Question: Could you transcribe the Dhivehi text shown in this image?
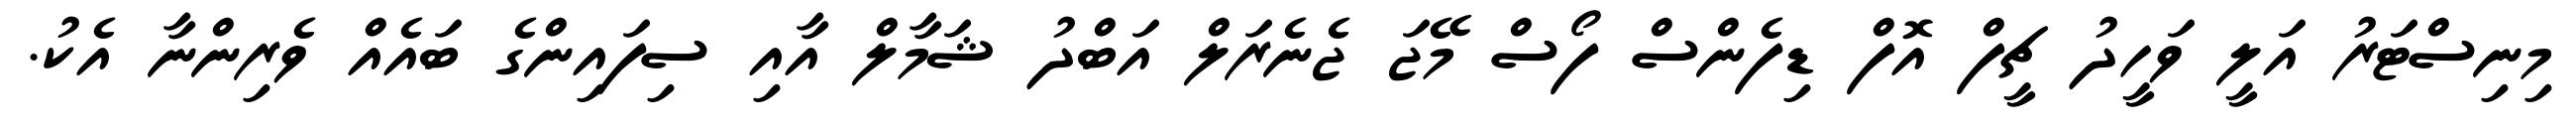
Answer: މިނިސްޓަރު އަލީ ވަހީދު ޗީފް އޮފް ޑިފެންސް ފޯސް މޭޖަ ޖެނެރަލް އަބްދު ޝަމާލް އާއި ސިފައިންގެ ބައެއް ވެރިންނާ އެކު.